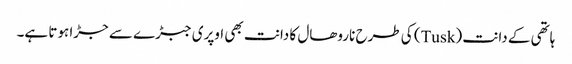
ہاتھی کے دانت (Tusk) کی طرح ناروھال کا دانت بھی اوپری جبڑے سے جڑا ہوتا ہے۔